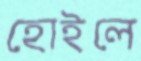
হোইলে